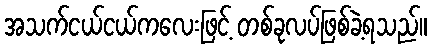
အသက်ငယ်ငယ်ကလေးဖြင့် တစ်ခုလပ်ဖြစ်ခဲ့ရသည်။